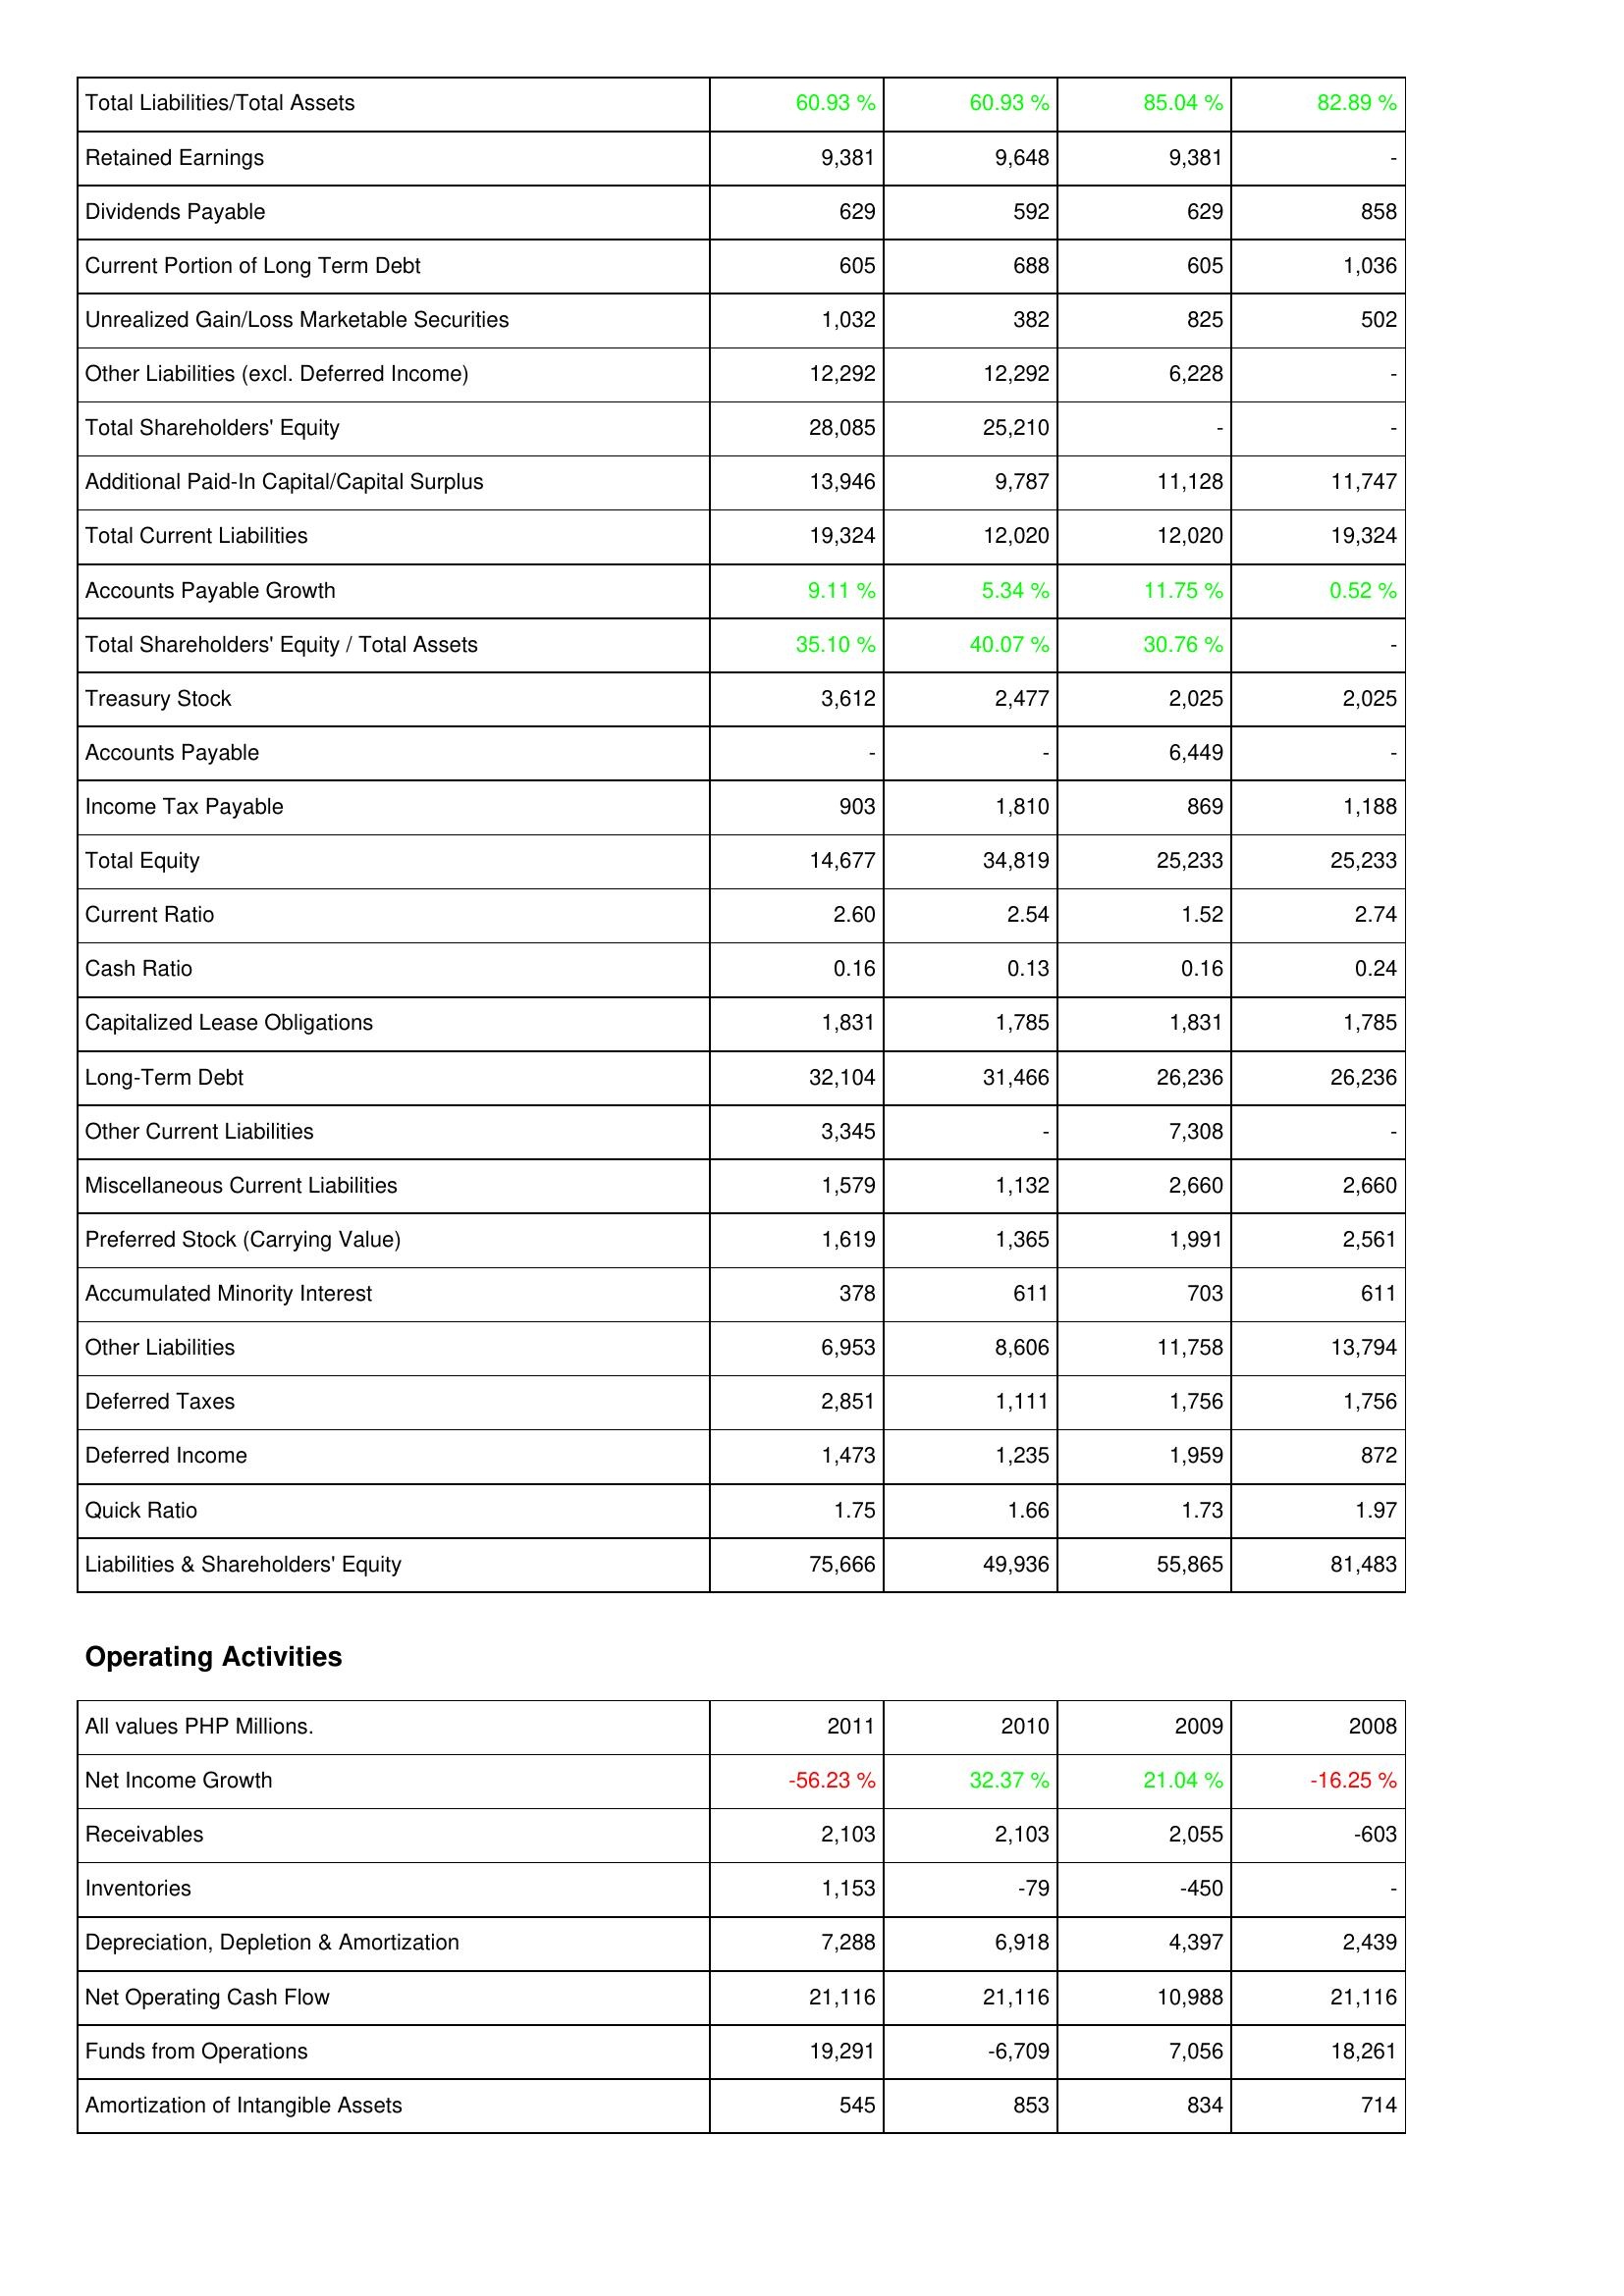
2011: Liabilities & Shareholders' Equity: Total Liabilities/Total Assets: 60.93 %
Retained Earnings: 9,381
Dividends Payable: 629
Current Portion of Long Term Debt: 605
Unrealized Gain/Loss Marketable Securities: 1,032
Other Liabilities (excl. Deferred Income): 12,292
Total Shareholders' Equity: 28,085
Additional Paid-In Capital/Capital Surplus: 13,946
Total Current Liabilities: 19,324
Accounts Payable Growth: 9.11 %
Total Shareholders' Equity / Total Assets: 35.10 %
Treasury Stock: 3,612
Accounts Payable: -
Income Tax Payable: 903
Total Equity: 14,677
Current Ratio: 2.60
Cash Ratio: 0.16
Capitalized Lease Obligations: 1,831
Long-Term Debt: 32,104
Other Current Liabilities: 3,345
Miscellaneous Current Liabilities: 1,579
Preferred Stock (Carrying Value): 1,619
Accumulated Minority Interest: 378
Other Liabilities: 6,953
Deferred Taxes: 2,851
Deferred Income: 1,473
Quick Ratio: 1.75
Liabilities & Shareholders' Equity: 75,666
Operating Activities: Net Income Growth: -56.23 %
Receivables: 2,103
Inventories: 1,153
Depreciation, Depletion & Amortization: 7,288
Net Operating Cash Flow: 21,116
Funds from Operations: 19,291
Amortization of Intangible Assets: 545
2010: Liabilities & Shareholders' Equity: Total Liabilities/Total Assets: 60.93 %
Retained Earnings: 9,648
Dividends Payable: 592
Current Portion of Long Term Debt: 688
Unrealized Gain/Loss Marketable Securities: 382
Other Liabilities (excl. Deferred Income): 12,292
Total Shareholders' Equity: 25,210
Additional Paid-In Capital/Capital Surplus: 9,787
Total Current Liabilities: 12,020
Accounts Payable Growth: 5.34 %
Total Shareholders' Equity / Total Assets: 40.07 %
Treasury Stock: 2,477
Accounts Payable: -
Income Tax Payable: 1,810
Total Equity: 34,819
Current Ratio: 2.54
Cash Ratio: 0.13
Capitalized Lease Obligations: 1,785
Long-Term Debt: 31,466
Other Current Liabilities: -
Miscellaneous Current Liabilities: 1,132
Preferred Stock (Carrying Value): 1,365
Accumulated Minority Interest: 611
Other Liabilities: 8,606
Deferred Taxes: 1,111
Deferred Income: 1,235
Quick Ratio: 1.66
Liabilities & Shareholders' Equity: 49,936
Operating Activities: Net Income Growth: 32.37 %
Receivables: 2,103
Inventories: -79
Depreciation, Depletion & Amortization: 6,918
Net Operating Cash Flow: 21,116
Funds from Operations: -6,709
Amortization of Intangible Assets: 853
2009: Liabilities & Shareholders' Equity: Total Liabilities/Total Assets: 85.04 %
Retained Earnings: 9,381
Dividends Payable: 629
Current Portion of Long Term Debt: 605
Unrealized Gain/Loss Marketable Securities: 825
Other Liabilities (excl. Deferred Income): 6,228
Total Shareholders' Equity: -
Additional Paid-In Capital/Capital Surplus: 11,128
Total Current Liabilities: 12,020
Accounts Payable Growth: 11.75 %
Total Shareholders' Equity / Total Assets: 30.76 %
Treasury Stock: 2,025
Accounts Payable: 6,449
Income Tax Payable: 869
Total Equity: 25,233
Current Ratio: 1.52
Cash Ratio: 0.16
Capitalized Lease Obligations: 1,831
Long-Term Debt: 26,236
Other Current Liabilities: 7,308
Miscellaneous Current Liabilities: 2,660
Preferred Stock (Carrying Value): 1,991
Accumulated Minority Interest: 703
Other Liabilities: 11,758
Deferred Taxes: 1,756
Deferred Income: 1,959
Quick Ratio: 1.73
Liabilities & Shareholders' Equity: 55,865
Operating Activities: Net Income Growth: 21.04 %
Receivables: 2,055
Inventories: -450
Depreciation, Depletion & Amortization: 4,397
Net Operating Cash Flow: 10,988
Funds from Operations: 7,056
Amortization of Intangible Assets: 834
2008: Liabilities & Shareholders' Equity: Total Liabilities/Total Assets: 82.89 %
Retained Earnings: -
Dividends Payable: 858
Current Portion of Long Term Debt: 1,036
Unrealized Gain/Loss Marketable Securities: 502
Other Liabilities (excl. Deferred Income): -
Total Shareholders' Equity: -
Additional Paid-In Capital/Capital Surplus: 11,747
Total Current Liabilities: 19,324
Accounts Payable Growth: 0.52 %
Total Shareholders' Equity / Total Assets: -
Treasury Stock: 2,025
Accounts Payable: -
Income Tax Payable: 1,188
Total Equity: 25,233
Current Ratio: 2.74
Cash Ratio: 0.24
Capitalized Lease Obligations: 1,785
Long-Term Debt: 26,236
Other Current Liabilities: -
Miscellaneous Current Liabilities: 2,660
Preferred Stock (Carrying Value): 2,561
Accumulated Minority Interest: 611
Other Liabilities: 13,794
Deferred Taxes: 1,756
Deferred Income: 872
Quick Ratio: 1.97
Liabilities & Shareholders' Equity: 81,483
Operating Activities: Net Income Growth: -16.25 %
Receivables: -603
Inventories: -
Depreciation, Depletion & Amortization: 2,439
Net Operating Cash Flow: 21,116
Funds from Operations: 18,261
Amortization of Intangible Assets: 714